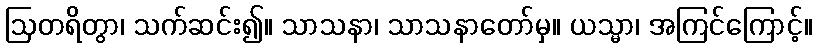
ဩတရိတွာ၊ သက်ဆင်း၍။ သာသနာ၊ သာသနာတော်မှ။ ယသ္မာ၊ အကြင်ကြောင့်။